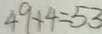
4 9 + 4 = 5 3